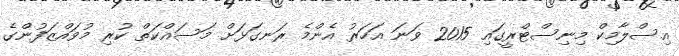
އިސްލާމިކް މިނިސްޓްރީގައި 2015 ވަނަ އަހަރު އެންމެ ރަނގަޅަށް މަސައްކަތް ކުރި މުވައްޒަފުންގެ